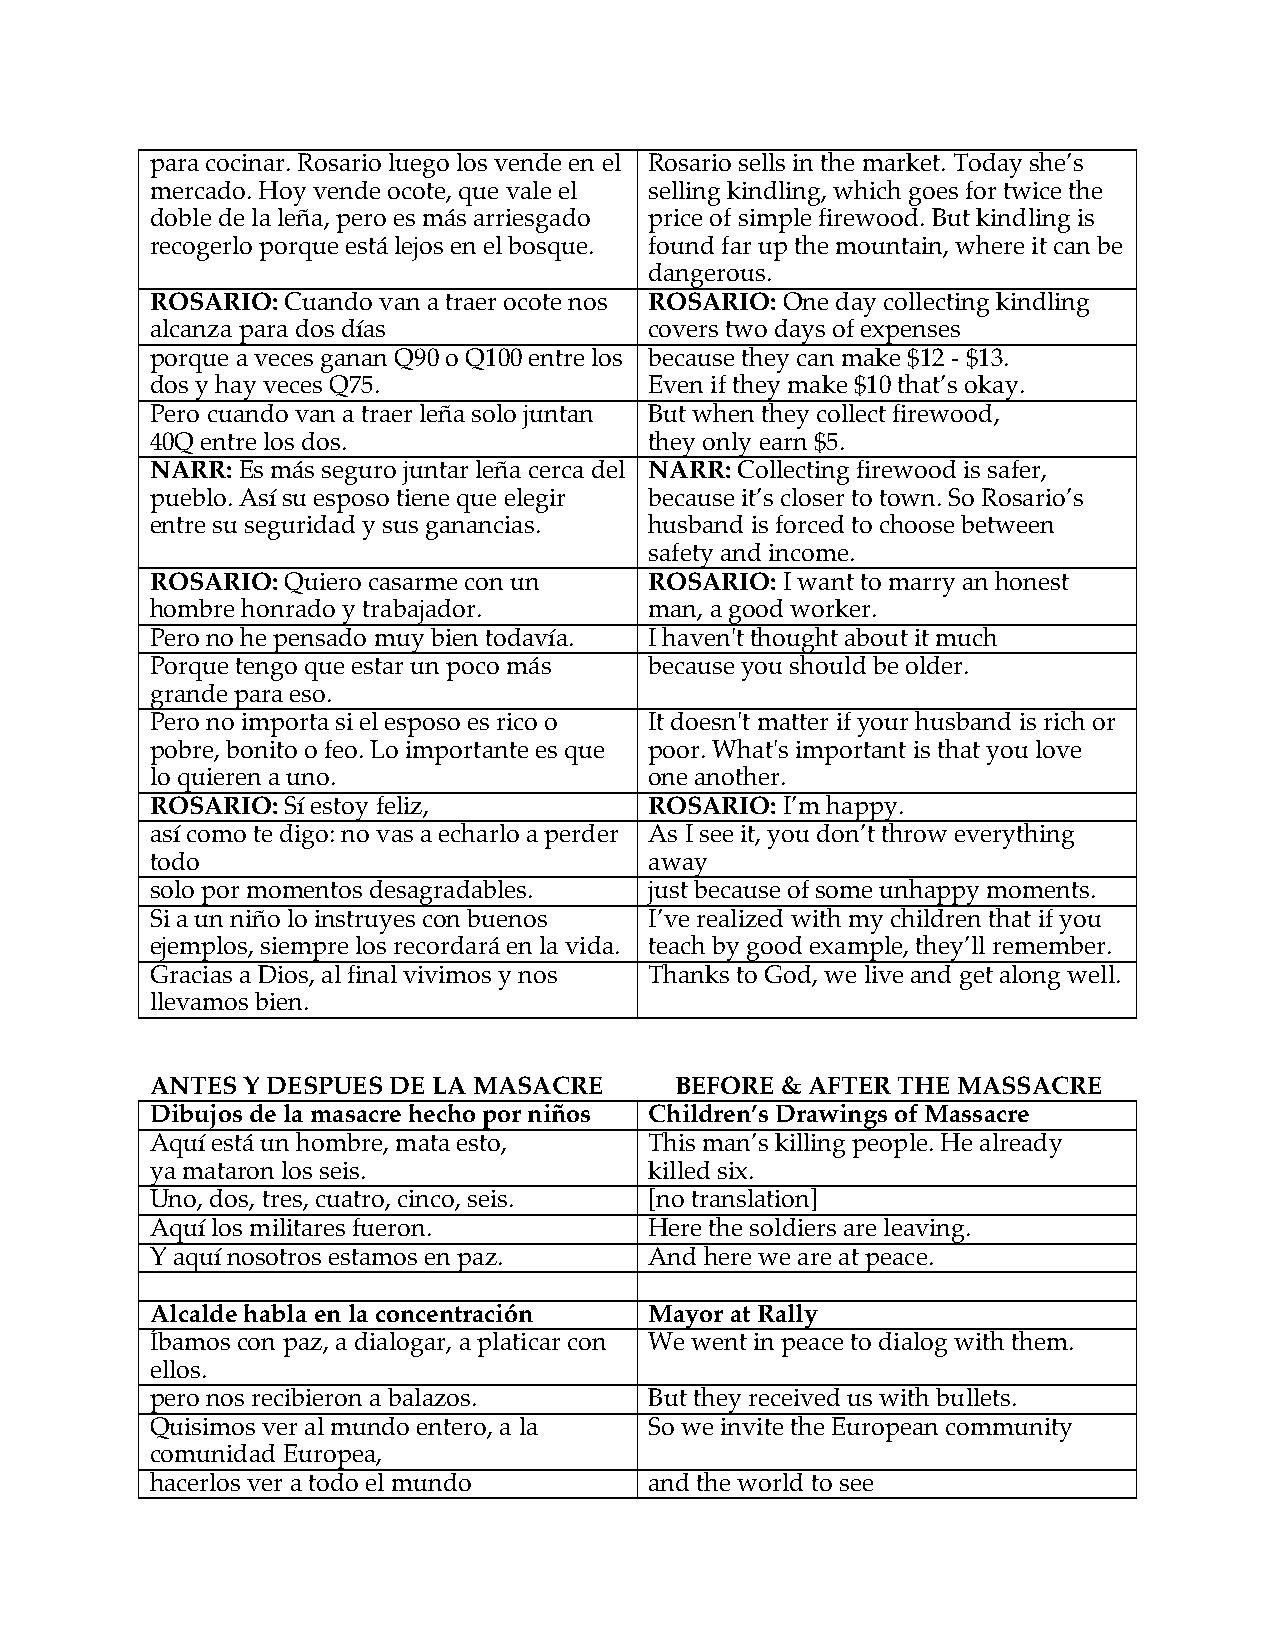
para cocinar. Rosario luego los vende en el Rosario sells in the market. Today she’s
 mercado. Hoy vende ocote, que vale el selling kindling, which goes for twice the
 doble de la leña, pero es más arriesgado price of simple firewood. But kindling is
 recogerlo porque está lejos en el bosque. found far up the mountain, where it can be
 dangerous.
 ROSARIO: Cuando van a traer ocote nos ROSARIO: One day collecting kindling
 alcanza para dos días            covers two days of expenses
 porque a veces ganan Q90 o Q100 entre los because they can make $12 - $13.
 dos y hay veces Q75.             Even if they make $10 that’s okay.
 Pero cuando van a traer leña solo juntan But when they collect firewood,
 40Q entre los dos.               they only earn $5.
 NARR: Es más seguro juntar leña cerca del NARR: Collecting firewood is safer,
 pueblo. Así su esposo tiene que elegir because it’s closer to town. So Rosario’s
 entre su seguridad y sus ganancias. husband is forced to choose between
 safety and income.
 ROSARIO: Quiero casarme con un   ROSARIO: I want to marry an honest
 hombre honrado y trabajador.     man, a good worker.
 Pero no he pensado muy bien todavía. I haven't!thought about it much
 Porque tengo que estar un poco más because you should be older.
 grande para eso.
 Pero no importa si el esposo es rico o It doesn't matter if your husband is rich or
 pobre, bonito o feo. Lo importante es que poor. What's important is that you love
 lo quieren a uno.                one another.
 ROSARIO: Sí estoy feliz,         ROSARIO: I’m happy.
 así como te digo: no vas a echarlo a perder As I see it, you don’t throw everything
 todo                             away
 solo por momentos desagradables. just because of some unhappy moments.
 Si a un niño lo instruyes con buenos I’ve realized with my children that if you
 ejemplos, siempre los recordará en la vida. teach by good example, they’ll remember.
 Gracias a Dios, al final vivimos y nos Thanks to God, we live and get along well.
 llevamos bien.
 ANTES Y DESPUES DE LA MASACRE      BEFORE & AFTER THE MASSACRE
 Dibujos de la masacre hecho por niños Children’s Drawings of Massacre
 Aquí está un hombre, mata esto,  This man’s killing people. He already
 ya mataron los seis.             killed six.
 Uno, dos, tres, cuatro, cinco, seis. [no translation]
 Aquí los militares fueron.       Here the soldiers are leaving.
 Y aquí nosotros estamos en paz.  And here we are at peace.
 Alcalde habla en la concentración Mayor at Rally
 Íbamos con paz, a dialogar, a platicar con We went in peace to dialog with them.
 ellos.
 pero nos recibieron a balazos.   But they received us with bullets.
 Quisimos ver al mundo entero, a la So we invite the European community
 comunidad Europea,
 hacerlos ver a todo el mundo     and the world to see